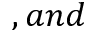
, a n d